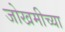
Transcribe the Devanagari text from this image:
जोखमीच्या